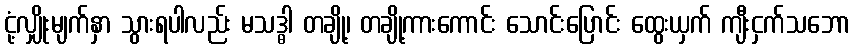
ငုံ့လျှိုးမျက်နှာ သွားရပါလည်း မသဒ္ဓါ တချို့၊ တချို့ကားကောင်း သောင်းပြောင်း ထွေးယှက် ကျီးငှက်သဘော